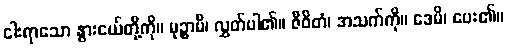
ငါးရာသော နွားငယ်တို့ကို။ မုဉ္စာမိ၊ လွှတ်ပါ၏။ ဇီဝိတံ၊ အသက်ကို။ ဒေမိ၊ ပေး၏။